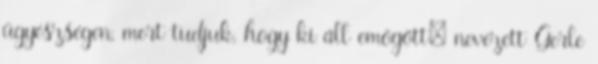
ügyészségen, mert tudjuk, hogy ki áll emögött: nevezett Gerle